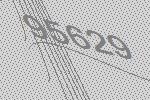
95629